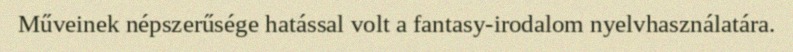
Műveinek népszerűsége hatással volt a fantasy-irodalom nyelvhasználatára.